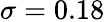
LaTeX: \sigma=0.18